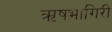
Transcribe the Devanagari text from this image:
ऋषभागिरी